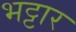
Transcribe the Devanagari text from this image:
भट्टार